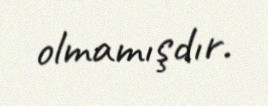
olmamışdır.